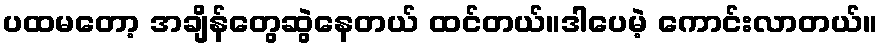
ပထမတော့ အချိန်တွေဆွဲနေတယ် ထင်တယ်။ဒါပေမဲ့ ကောင်းလာတယ်။